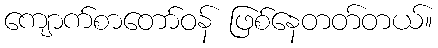
ကျောက်စာတော်ဝန် ဖြစ်နေတတ်တယ်။